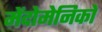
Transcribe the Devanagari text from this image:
मेंदोमेनिको